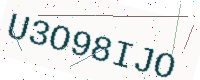
Text: U3O98IJO